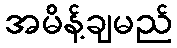
အမိန့်ချမည်